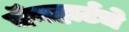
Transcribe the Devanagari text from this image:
बॅनहार्टचे